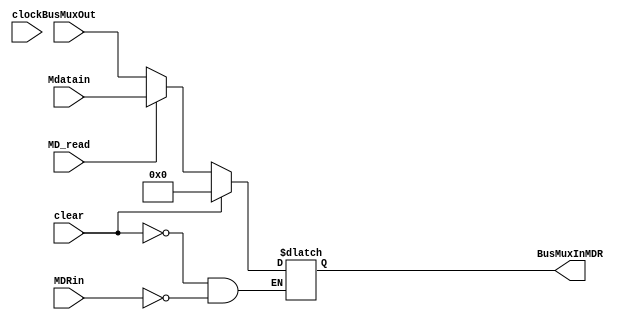
module MDR(
	input clear, clock, MDRin,
	input [31:0]BusMuxOut, Mdatain,
	input MD_read,												
	
	output wire [31:0]BusMuxInMDR	
	);
	
	reg [31:0]q;
	initial q = 8'h00000000;
	
	always @ (*)
		begin
			if (clear) q <= {32{1'b0}};
			else if (MDRin) 
				begin
					if(MD_read) q <= Mdatain; 
					else q <= BusMuxOut; 
				end
		end
		
	assign BusMuxInMDR = q[31:0];
endmodule